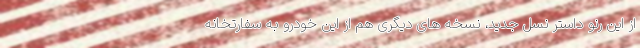
از این رنو داستر نسل جدید، نسخه های دیگری هم از این خودرو به سفارتخانه